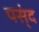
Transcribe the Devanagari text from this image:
पस्ंद